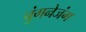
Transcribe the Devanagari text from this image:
चुंगनेजंग